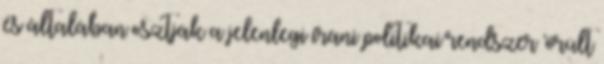
és általában osztják a jelenlegi iráni politikai rendszer 'őrült